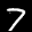
Label: 7